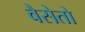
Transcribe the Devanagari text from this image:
वैसेतो